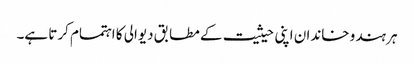
ہر ہندو خاندان اپنی حیثیت کے مطابق دیوالی کا اہتمام کرتا ہے۔